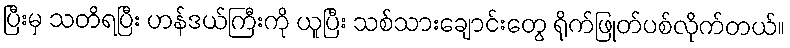
ပြီးမှ သတိရပြီး ဟန်ဒယ်ကြီးကို ယူပြီး သစ်သားချောင်းတွေ ရိုက်ဖြုတ်ပစ်လိုက်တယ်။